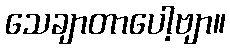
သေချာတာပေါ့ဗျာ။